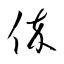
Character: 倅